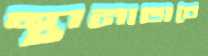
স্থানাভাবে